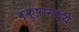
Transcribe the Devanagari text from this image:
वृक्षामध्ये